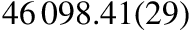
4 6 \, 0 9 8 . 4 1 ( 2 9 )